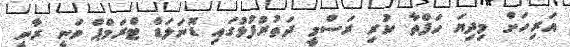
އަރިހަށް މިދިޔަ ހަފްތާ ކުރި ރަސްމީ ދަތުރުފުޅުގައި ޑޮނަލަޑް ޓްރަމްޕް ވަނީ ރާނީ